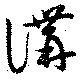
講